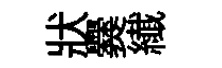
狀爨纎